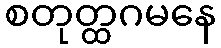
စတုတ္ထဂမနေ